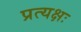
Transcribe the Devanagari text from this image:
प्रत्यक्षः